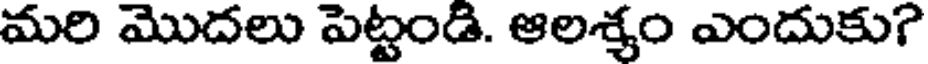
మరి మొదలు పెట్టండి. ఆలశ్యం ఎందుకు?